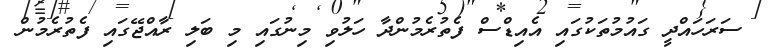
ސަރަހައްދީ ގައުމުތަކުގައި އެއިޑްސް ފެތުރެމުންދާ ހަލުވި މިނުގައި މި ބަލި ރާއްޖޭގައި ފެތުރެމުން